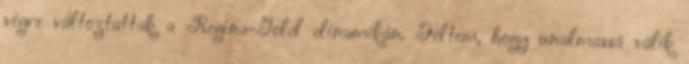
végre változtattak a Regina-Gold dinamikán. Féltem, hogy unalmassá válik